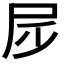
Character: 𡰹